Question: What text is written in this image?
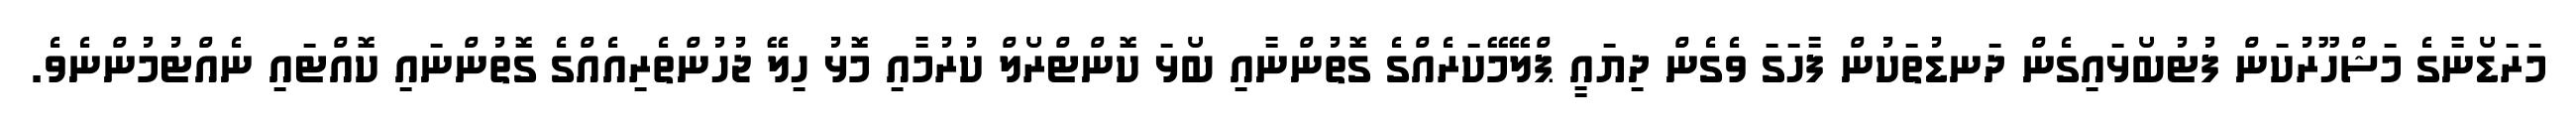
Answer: މަރަޑޯނާގެ މަޝްހޫރުކަން ފުޓުބޯޅައިގެން ދަނޑުތަކުން ފާހަގަ ވެގެން ދިޔައީ ޕްލޭމޭކަރެއްގެ ގޮތުންނާއި ބޯޅަ ކޮންޓްރޯލް ކުރުމާއި މޮޅު ހިލޭ ޖުހުންތެރިއެއްގެ ގޮތުންނައި ކޮއްޓައި ނެއްޓުމުންނެވެ.